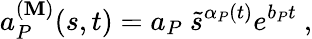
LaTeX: a_{P}^{(\mathbf{M})}(s,t)=a_{P}\ \tilde{{s}}^{\alpha_{P}(t)}e^{b_{P}t}\ ,